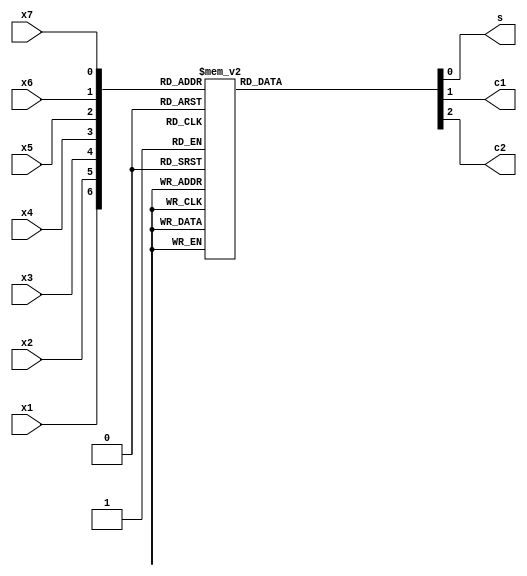
module Compressor73(input wire  x1,x2,x3,x4,x5,x6,x7,
                    output reg  s,c1,c2);

    always @(*) begin
        case({x1,x2,x3,x4,x5,x6,x7})
            7'b0000000: {c2,c1,s} = 3'b000;
            7'b0000001: {c2,c1,s} = 3'b001;
            7'b0000010: {c2,c1,s} = 3'b001;
            7'b0000011: {c2,c1,s} = 3'b010;
            7'b0000100: {c2,c1,s} = 3'b001;
            7'b0000101: {c2,c1,s} = 3'b010;
            7'b0000110: {c2,c1,s} = 3'b010;
            7'b0000111: {c2,c1,s} = 3'b011;
            7'b0001000: {c2,c1,s} = 3'b001;
            7'b0001001: {c2,c1,s} = 3'b010;
            7'b0001010: {c2,c1,s} = 3'b010;
            7'b0001011: {c2,c1,s} = 3'b011;
            7'b0001100: {c2,c1,s} = 3'b010;
            7'b0001101: {c2,c1,s} = 3'b011;
            7'b0001110: {c2,c1,s} = 3'b011;
            7'b0001111: {c2,c1,s} = 3'b100;
            7'b0010000: {c2,c1,s} = 3'b001;
            7'b0010001: {c2,c1,s} = 3'b010;
            7'b0010010: {c2,c1,s} = 3'b010;
            7'b0010011: {c2,c1,s} = 3'b011;
            7'b0010100: {c2,c1,s} = 3'b010;
            7'b0010101: {c2,c1,s} = 3'b011;
            7'b0010110: {c2,c1,s} = 3'b011;
            7'b0010111: {c2,c1,s} = 3'b100;
            7'b0011000: {c2,c1,s} = 3'b010;
            7'b0011001: {c2,c1,s} = 3'b011;
            7'b0011010: {c2,c1,s} = 3'b011;
            7'b0011011: {c2,c1,s} = 3'b100;
            7'b0011100: {c2,c1,s} = 3'b011;
            7'b0011101: {c2,c1,s} = 3'b100;
            7'b0011110: {c2,c1,s} = 3'b100;
            7'b0011111: {c2,c1,s} = 3'b101;
            7'b0100000: {c2,c1,s} = 3'b001;
            7'b0100001: {c2,c1,s} = 3'b010;
            7'b0100010: {c2,c1,s} = 3'b010;
            7'b0100011: {c2,c1,s} = 3'b011;
            7'b0100100: {c2,c1,s} = 3'b010;
            7'b0100101: {c2,c1,s} = 3'b011;
            7'b0100110: {c2,c1,s} = 3'b011;
            7'b0100111: {c2,c1,s} = 3'b100;
            7'b0101000: {c2,c1,s} = 3'b010;
            7'b0101001: {c2,c1,s} = 3'b011;
            7'b0101010: {c2,c1,s} = 3'b011;
            7'b0101011: {c2,c1,s} = 3'b100;
            7'b0101100: {c2,c1,s} = 3'b011;
            7'b0101101: {c2,c1,s} = 3'b100;
            7'b0101110: {c2,c1,s} = 3'b100;
            7'b0101111: {c2,c1,s} = 3'b101;
            7'b0110000: {c2,c1,s} = 3'b010;
            7'b0110001: {c2,c1,s} = 3'b011;
            7'b0110010: {c2,c1,s} = 3'b011;
            7'b0110011: {c2,c1,s} = 3'b100;
            7'b0110100: {c2,c1,s} = 3'b011;
            7'b0110101: {c2,c1,s} = 3'b100;
            7'b0110110: {c2,c1,s} = 3'b100;
            7'b0110111: {c2,c1,s} = 3'b101;
            7'b0111000: {c2,c1,s} = 3'b011;
            7'b0111001: {c2,c1,s} = 3'b100;
            7'b0111010: {c2,c1,s} = 3'b100;
            7'b0111011: {c2,c1,s} = 3'b101;
            7'b0111100: {c2,c1,s} = 3'b100;
            7'b0111101: {c2,c1,s} = 3'b101;
            7'b0111110: {c2,c1,s} = 3'b101;
            7'b0111111: {c2,c1,s} = 3'b110;
            7'b1000000: {c2,c1,s} = 3'b001;
            7'b1000001: {c2,c1,s} = 3'b010;
            7'b1000010: {c2,c1,s} = 3'b010;
            7'b1000011: {c2,c1,s} = 3'b011;
            7'b1000100: {c2,c1,s} = 3'b010;
            7'b1000101: {c2,c1,s} = 3'b011;
            7'b1000110: {c2,c1,s} = 3'b011;
            7'b1000111: {c2,c1,s} = 3'b100;
            7'b1001000: {c2,c1,s} = 3'b010;
            7'b1001001: {c2,c1,s} = 3'b011;
            7'b1001010: {c2,c1,s} = 3'b011;
            7'b1001011: {c2,c1,s} = 3'b100;
            7'b1001100: {c2,c1,s} = 3'b011;
            7'b1001101: {c2,c1,s} = 3'b100;
            7'b1001110: {c2,c1,s} = 3'b100;
            7'b1001111: {c2,c1,s} = 3'b101;
            7'b1010000: {c2,c1,s} = 3'b010;
            7'b1010001: {c2,c1,s} = 3'b011;
            7'b1010010: {c2,c1,s} = 3'b011;
            7'b1010011: {c2,c1,s} = 3'b100;
            7'b1010100: {c2,c1,s} = 3'b011;
            7'b1010101: {c2,c1,s} = 3'b100;
            7'b1010110: {c2,c1,s} = 3'b100;
            7'b1010111: {c2,c1,s} = 3'b101;
            7'b1011000: {c2,c1,s} = 3'b011;
            7'b1011001: {c2,c1,s} = 3'b100;
            7'b1011010: {c2,c1,s} = 3'b100;
            7'b1011011: {c2,c1,s} = 3'b101;
            7'b1011100: {c2,c1,s} = 3'b100;
            7'b1011101: {c2,c1,s} = 3'b101;
            7'b1011110: {c2,c1,s} = 3'b101;
            7'b1011111: {c2,c1,s} = 3'b110;
            7'b1100000: {c2,c1,s} = 3'b010;
            7'b1100001: {c2,c1,s} = 3'b011;
            7'b1100010: {c2,c1,s} = 3'b011;
            7'b1100011: {c2,c1,s} = 3'b100;
            7'b1100100: {c2,c1,s} = 3'b011;
            7'b1100101: {c2,c1,s} = 3'b100;
            7'b1100110: {c2,c1,s} = 3'b100;
            7'b1100111: {c2,c1,s} = 3'b101;
            7'b1101000: {c2,c1,s} = 3'b011;
            7'b1101001: {c2,c1,s} = 3'b100;
            7'b1101010: {c2,c1,s} = 3'b100;
            7'b1101011: {c2,c1,s} = 3'b101;
            7'b1101100: {c2,c1,s} = 3'b100;
            7'b1101101: {c2,c1,s} = 3'b101;
            7'b1101110: {c2,c1,s} = 3'b101;
            7'b1101111: {c2,c1,s} = 3'b110;
            7'b1110000: {c2,c1,s} = 3'b011;
            7'b1110001: {c2,c1,s} = 3'b100;
            7'b1110010: {c2,c1,s} = 3'b100;
            7'b1110011: {c2,c1,s} = 3'b101;
            7'b1110100: {c2,c1,s} = 3'b100;
            7'b1110101: {c2,c1,s} = 3'b101;
            7'b1110110: {c2,c1,s} = 3'b101;
            7'b1110111: {c2,c1,s} = 3'b110;
            7'b1111000: {c2,c1,s} = 3'b100;
            7'b1111001: {c2,c1,s} = 3'b101;
            7'b1111010: {c2,c1,s} = 3'b101;
            7'b1111011: {c2,c1,s} = 3'b110;
            7'b1111100: {c2,c1,s} = 3'b101;
            7'b1111101: {c2,c1,s} = 3'b110;
            7'b1111110: {c2,c1,s} = 3'b110;
            7'b1111111: {c2,c1,s} = 3'b111;
            default:    {c2,c1,s} = 3'b000;
        endcase
    end

endmodule